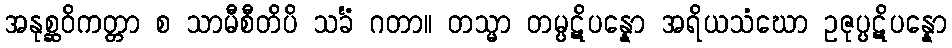
အနုစ္ဆဝိကတ္တာ စ သာမီစီတိပိ သင်္ခံ ဂတာ။ တသ္မာ တမ္ပဋိပန္နော အရိယသံဃော ဥဇုပ္ပဋိပန္နော